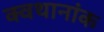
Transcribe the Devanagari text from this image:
क्वथानांक